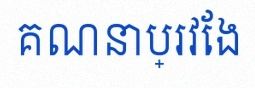
គណនាប្រវែង